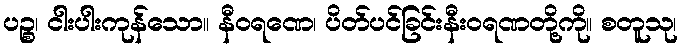
ပဉ္စ၊ ငါးပါးကုန်သော။ နီဝရဏေ၊ ပိတ်ပင်ခြင်းနီးဝရဏတို့ကို။ စတူသု၊